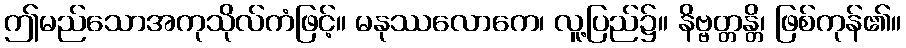
ဤမည်သောအကုသိုလ်ကံဖြင့်။ မနုဿလောကေ၊ လူ့ပြည်၌။ နိဗ္ဗတ္တန္တိ၊ ဖြစ်ကုန်၏။